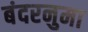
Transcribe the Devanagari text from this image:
बंदरनुमा